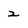
Character: 2